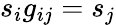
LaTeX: s_{i}g_{ij}=s_{j}